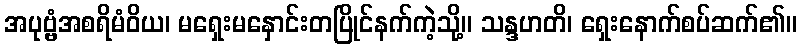
အပုဗ္ဗံအစရိမံဝိယ၊ မရှေးမနှောင်းတပြိုင်နက်ကဲ့သို့။ သန္ဒဟတိ၊ ရှေးနောက်စပ်ဆက်၏။